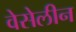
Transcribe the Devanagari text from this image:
वेसेलीन